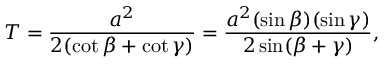
T = { \frac { a ^ { 2 } } { 2 ( \cot \beta + \cot \gamma ) } } = { \frac { a ^ { 2 } ( \sin \beta ) ( \sin \gamma ) } { 2 \sin ( \beta + \gamma ) } } ,